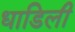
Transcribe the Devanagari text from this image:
धाडिली